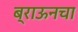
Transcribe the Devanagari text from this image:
ब्राऊनचा